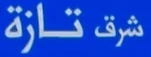
تازة شرق